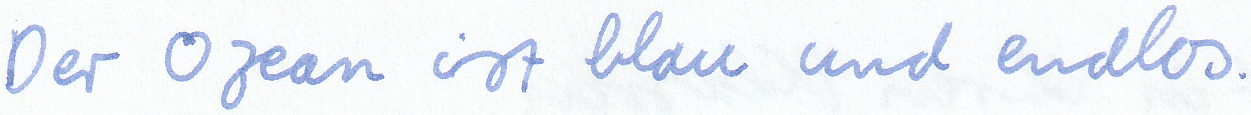
Der Ozean ist blau und endlos.